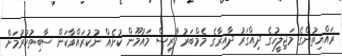
ރައްޔިތުންގެ މަޖިލީހުގެ ދިއްގަރު ދާއިރާގެ މެމްބަރު ފާރިސް މައުމޫން ކުށެއް ނުކުރައްވާކަން ސާބިތުކުރުމަށް